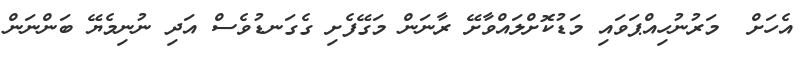
އެހަށް  މަރުނުހިއްޕަވައި މަޑުކޮށްލައްވާށޭ ރާނަން މަގޭފެށި ގެގަނޑުވެސް އަދި ނުނިމެޔޭ ބަންނަން